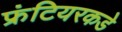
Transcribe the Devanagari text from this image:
फ्रंटियरकडे